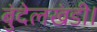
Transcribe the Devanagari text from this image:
बुंदेलखंडी।